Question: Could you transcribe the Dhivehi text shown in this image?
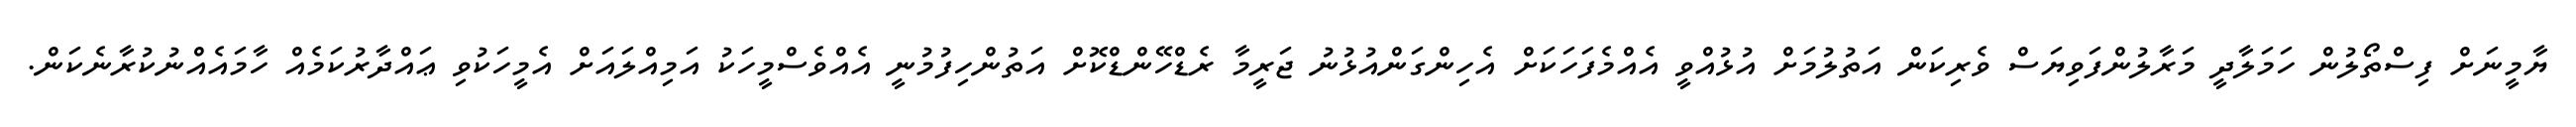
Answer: ޔާމީނަށް ފިސްތޯލުން ހަމަލާދީ މަރާލުންފަވިޔަސް ވެރިކަން އަތުލުމަށް އުޅުއްވީ އެއްމެފަހަކަށް އެހިންގަންއުޅުނު ޖަރީމާ ރެޑްހޭންޑްކޮށް އަތުންހިފުމުނީ އެއްވެސްމީހަކު އަމިއްލައަށް އެމީހަކުވި ޢައްދާރުކަމެއް ހާމައެއްނުކުރާނެކަން.